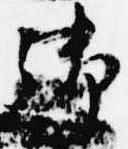
御